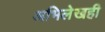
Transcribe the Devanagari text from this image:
अभिलेखही